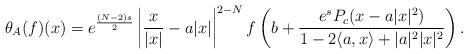
LaTeX: \begin{align*} \theta_{A}(f)(x)=e^{\frac{(N-2)s}{2}} \left|\frac{x}{|x|} -a |x|\right|^{2-N}f\left( b+\frac{e^sP_c(x-a|x|^2)}{1-2\langle a,x\rangle +|a|^2|x|^2} \right).\end{align*}